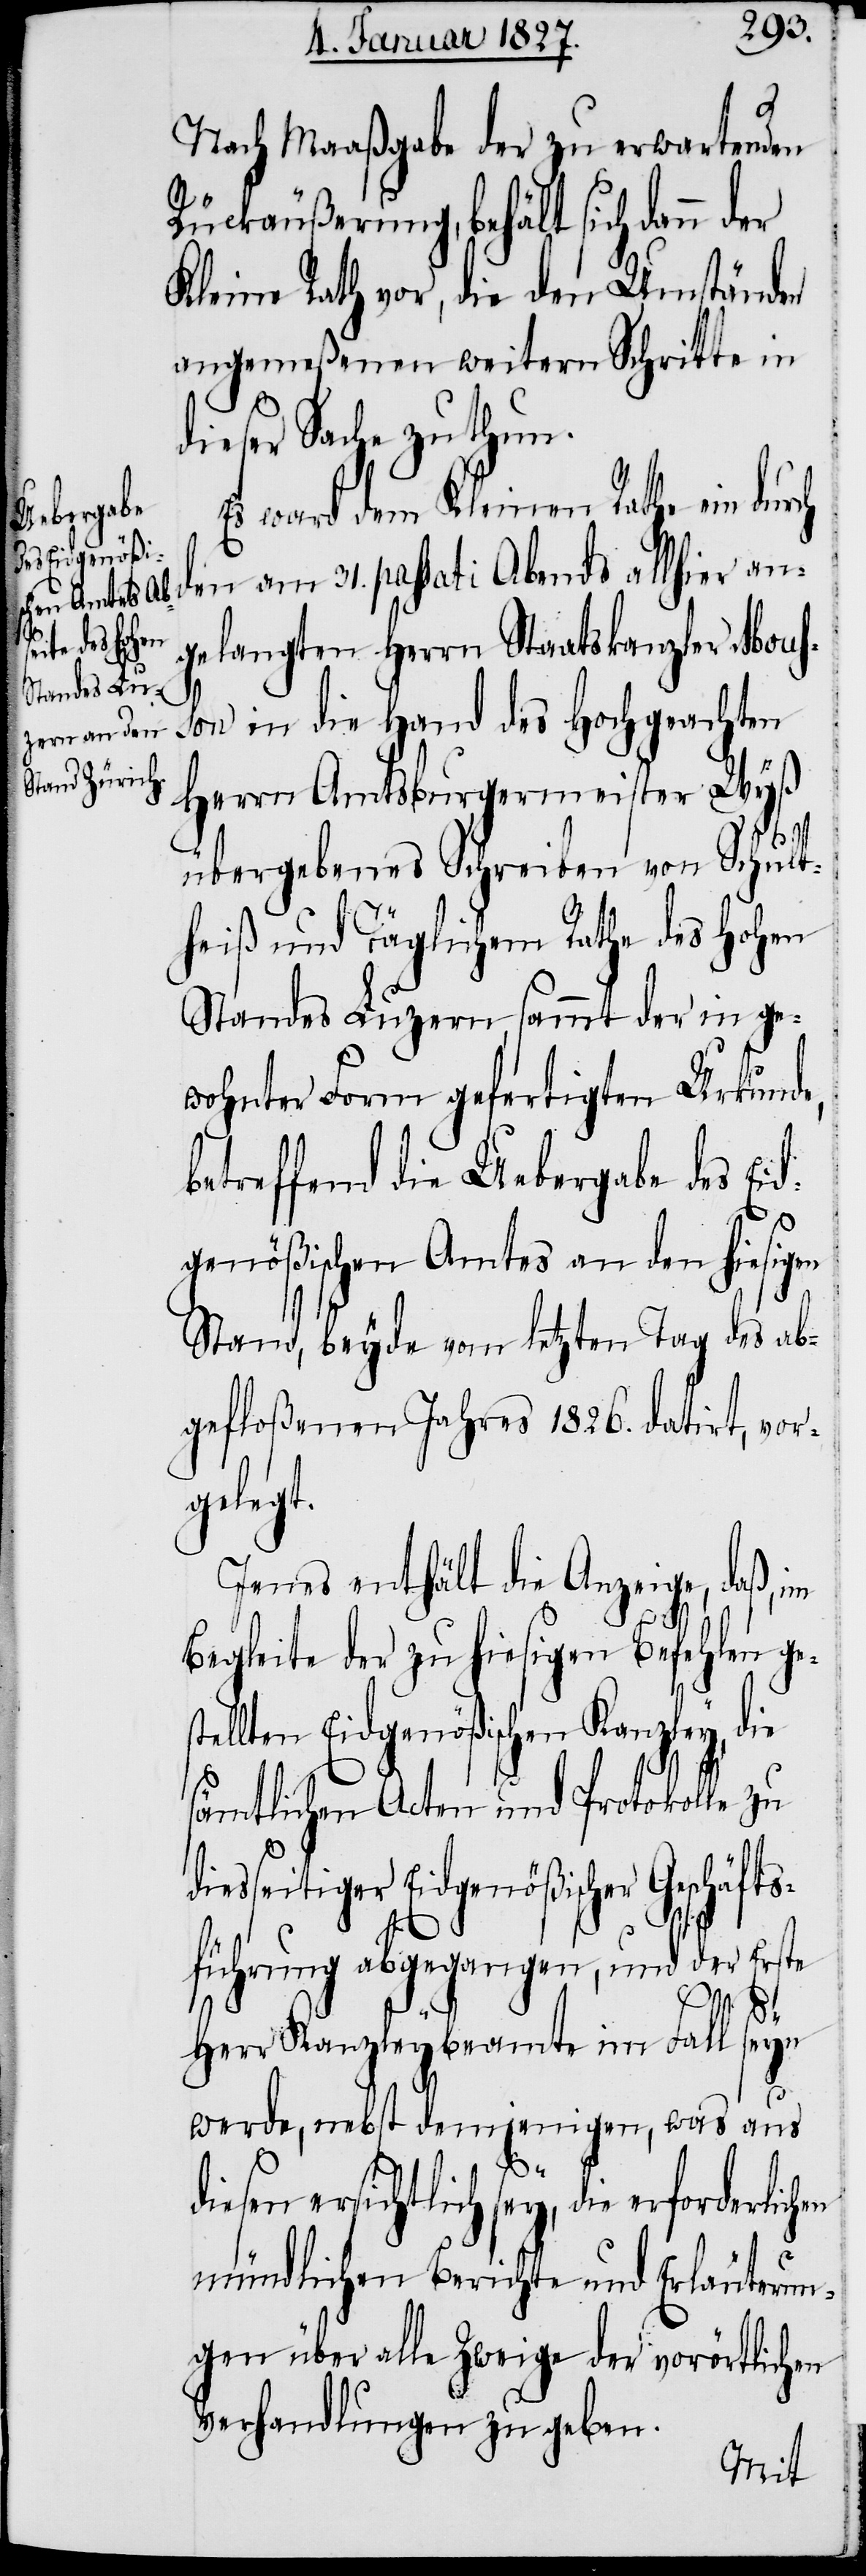
diesen

Nach Maaßgabe der zu erwartenden
Rückäußerung, behält sich dann der
Kleine Rath vor, die den Umständen
angemeßenen weitern Schritte in
ser Sache zu thu¬
Es ward dem Kleinen Rathe ein durch
den am 31. passati Abends allhier an¬
gelangten Herrn Staatskanzler Mous¬
d¬
son in die Hand des Hochgeachten
Herrn Amtsburgermeister Wyß
übergebenes Schreiben von Schult¬
heiß und Täglichem Rathe des Hohen
Standes Luzern, sammt der in ge¬
wohnter Form gefertigten Urkunde,
betreffend die Uebergabe des Ei¬
dgenößischen Amtes an den hiesigen
Stand, beyde vom letzten Tag des ab¬
gefloßenen Jahres 1826. datirt, vor¬
gelegt.
Jenes enthält die Anzeige, daß, im
Begleite der zu hiesigen Befehlen ge¬
tellten Eidgenößischen Kanzley, die
sämmtlichen Acten und Protokolle zu
iesseitiger Eidgenößischen Geschäfts¬
s¬
führung abgegangen, und der Erste
Herr Kanzleybeamte im Fall seyn
werde, nebst demjenigen, was aus
en
ersichtlich sey, die erforderlich¬
mündlichen Berichte und Erläuterun¬
gen über alle Zweige der vorörtlichen
Verhandlungen zu geben.